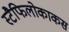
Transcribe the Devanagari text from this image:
स्टैफिलोकाकस